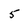
Character: 5